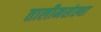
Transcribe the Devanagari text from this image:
तालीमसंस्था